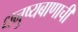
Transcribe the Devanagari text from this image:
धनुष्यबाणाची